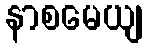
နာစမေယျ